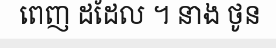
ពេញ ដដែល ។ នាង ថូន